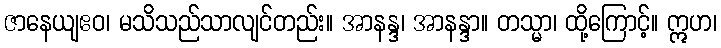
ဇာနေယျဧဝ၊ မသိသည်သာလျင်တည်း။ အာနန္ဒ၊ အာနန္ဒာ။ တသ္မာ၊ ထို့ကြောင့်။ ဣဟ၊